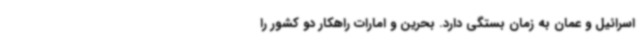
اسرائیل و عمان به زمان بستگی دارد. بحرین و امارات راهکار دو کشور را